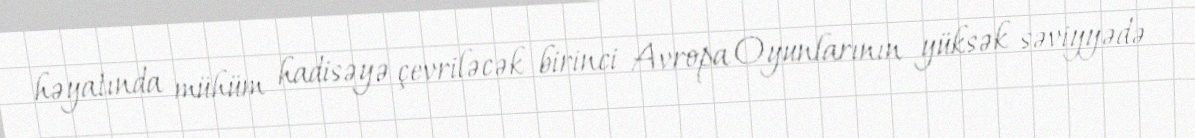
həyatında mühüm hadisəyə çevriləcək birinci Avropa Oyunlarının yüksək səviyyədə